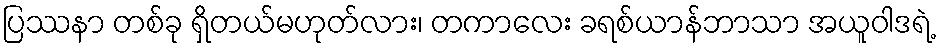
ပြဿနာ တစ်ခု ရှိတယ်မဟုတ်လား၊ တကာလေး ခရစ်ယာန်ဘာသာ အယူဝါဒရဲ့